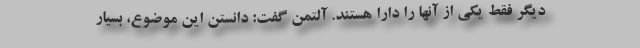
دیگر فقط یکی از آنها را دارا هستند. آلتمن گفت: دانستن این موضوع، بسیار